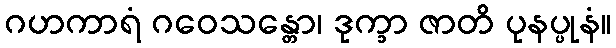
ဂဟကာရံ ဂဝေသန္တော၊ ဒုက္ခာ ဇာတိ ပုနပ္ပုနံ။